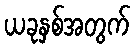
ယခုနှစ်အတွက်